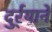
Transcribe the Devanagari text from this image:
दुर्र्याने